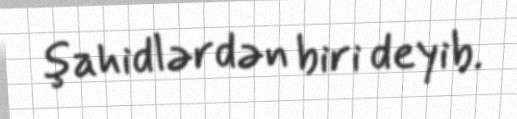
şahidlərdən biri deyib.